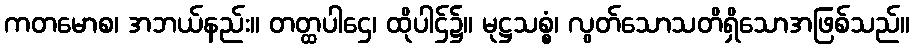
ကတမောစ၊ အဘယ်နည်း။ တတ္ထပါဌေ၊ ထိုပါဌ်၌။ မုဋ္ဌသစ္စံ၊ လွတ်သောသတိရှိသောအဖြစ်သည်။